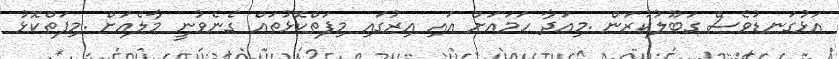
އަޅުގަނޑުވެސް ގަބޫލުކުރަން .މިއަދާ ހަމައަށް އައި އިރުގައި މިފަތްކޮޅުތައް ގެނެވުނީ މާލެއަށް .މިފަތްކޮޅު